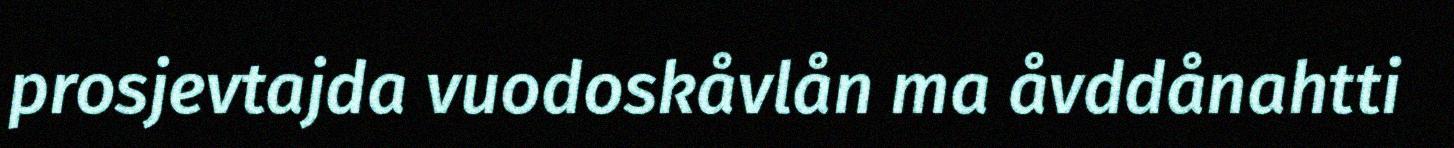
prosjevtajda vuodoskåvlån ma åvddånahtti